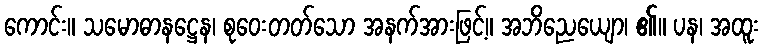
ကောင်း။ သမောဓာနဋ္ဌေန၊ စုဝေးတတ်သော အနက်အားဖြင့်။ အဘိညေယျော၊ ၏။ ပန၊ အထူး